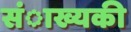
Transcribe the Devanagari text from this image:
संाख्यकी